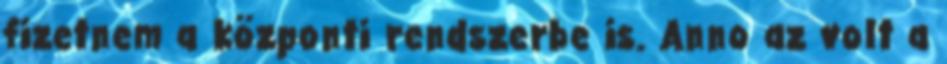
fizetnem a központi rendszerbe is. Anno az volt a